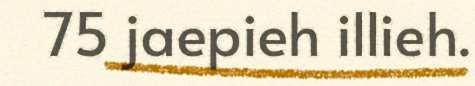
75 jaepieh illieh.